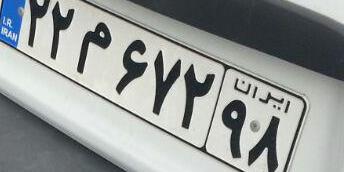
۲۲م۶۷۲۹۸